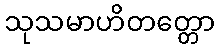
သုသမာဟိတတ္တော